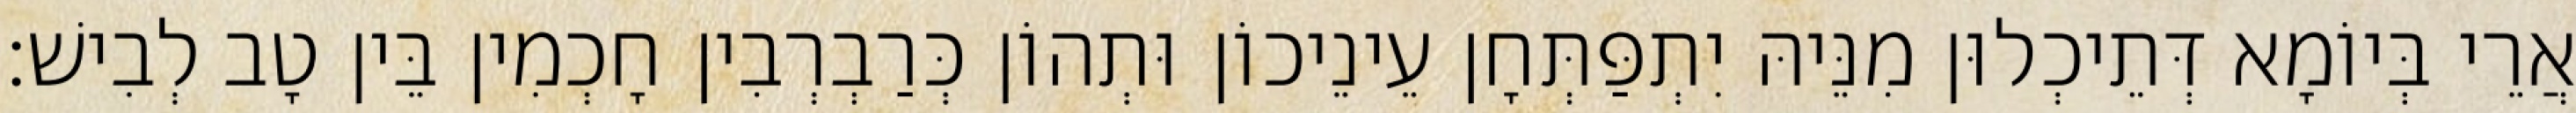
אֲרֵי בְּיוֹמָא דְּתֵיכְלוּן מִנֵּיהּ יִתְפַּתְּחָן עֵינֵיכוֹן וּתְהוֹן כְּרַבְרְבִין חָכְמִין בֵּין טָב לְבִישׁ׃